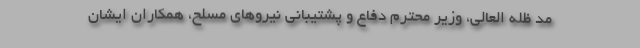
مد ظله العالی، وزیر محترم دفاع و پشتیبانی نیروهای مسلح، همکاران ایشان